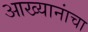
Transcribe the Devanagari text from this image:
आख्यानांचा